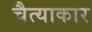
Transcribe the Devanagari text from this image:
चैत्याकार